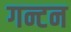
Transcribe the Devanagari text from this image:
गन्टन